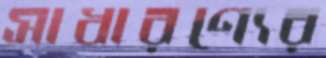
সাধারণ্যের